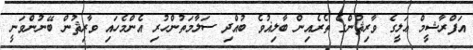
އަފްރާޝީމް ޢަލީގެ ވާރިޘުންގެ ތެރެއިން ބާލިޣުވެ ބުއްދި ސަލާމަތުންހުރި އެންމެހައި ވާރިޘުން ބޭނުންވަނީ